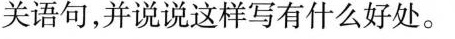
关语句，并说说这样写有什么好处。